Annual report of the Madras Medical College
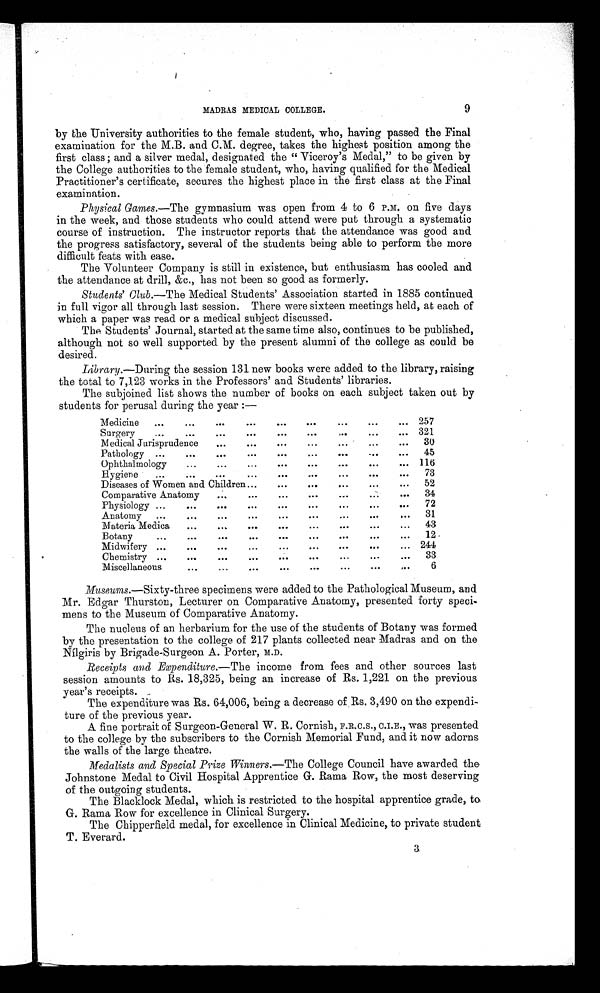
MADRAS MEDICAL COLLEGE.
9
by the University authorities to the female student, who, having passed the Final
examination for the M.B. and C.M. degree, takes the highest position among the
first class; and a silver medal, designated the "Viceroy's Medal," to be given by
the College authorities to the female student, who, having qualified for the Medical
Practitioner's certificate, secures the highest place in the first class at the Final
examination.
Physical Games.— The gymnasium was open from 4 to 6 P.M. on five days
in the week, and those students who could attend were put through a systematic
course of instruction. The instructor reports that the attendance was good and
the progress satisfactory, several of the students being able to perform the more
difficult feats with ease.
The Volunteer Company is still in existence, but enthusiasm has cooled and
the attendance at drill, &c., has not been so good as formerly.
Students' Club . —The Medical Students' Association started in 1885 continued
in full vigor all through last session. There were sixteen meetings held, at each of
which a paper was read or a medical subject discussed.
The Students' Journal, started at the same time also, continues to be published,
although not so well supported by the present alumni of the college as could be
desired.
Library.— During the session 131 new books were added to the library, raising
the total to 7,123 works in the Professors' and Students' libraries.
The subjoined list shows the number of books on each subject taken out by
students for perusal during the year :—
Medicine
257
Surgery
321
Medical Jurisprudence
30
Pathology
45
Ophthalmology
116
Hygiene
73
Diseases of Women and Children
52
Comparative Anatomy
34
Physiology
72
Anatomy
31
Materia Medica
43
Botany
12
Midwifery
244
Chemistry
33
Miscellaneous
6
Museums.—Sixty-three specimens were added to the Pathological Museum, and
Mr. Edgar Thurston, Lecturer on Comparative Anatomy, presented forty speci
mens to the Museum of Comparative Anatomy.
The nucleus of an herbarium for the use of the students of Botany was formed
by the presentation to the college of 217 plants collected near Madras and on the
Nílgiris by Brigade-Surgeon A. Porter, M.D.
Receipts and Expenditure.— The income from fees and other sources last
session amounts to Its. 18,325, being an increase of Rs. 1,221 on the previous
year's receipts.
The expenditure was Rs. 64,006, being a decrease of Rs. 3,490 on the expendi-
ture of the previous year.
A fine portrait of Surgeon-General W. R. Cornish, F.R.C.S., C.I.E., was presented
to the college by the subscribers to the Cornish Memorial Fund, and it now adorns
the walls of the large theatre.
Medalists and Special Prize Winners.— The College Council have awarded the
Johnstone Medal to Civil Hospital Apprentice G. Rama Row, the most deserving
of the outgoing students.
The Blacklock Medal, which is restricted to the hospital apprentice grade, to
G. Rama Row for excellence in Clinical Surgery.
The Chipperfield medal, for excellence in Clinical Medicine, to private student
T. Everard.
3